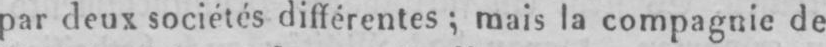
par deux sociétés différentes: mais la compagnie de